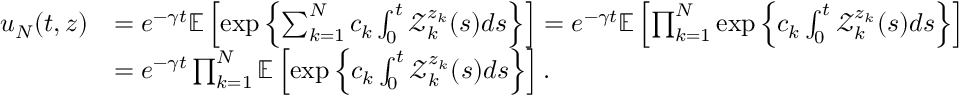
\begin{array} { r l } { u _ { N } ( t , z ) } & { = e ^ { - \gamma t } \mathbb { E } \left[ \exp \left\{ \sum _ { k = 1 } ^ { N } c _ { k } \int _ { 0 } ^ { t } \mathcal { Z } _ { k } ^ { z _ { k } } ( s ) d s \right\} \right] = e ^ { - \gamma t } \mathbb { E } \left[ \prod _ { k = 1 } ^ { N } \exp \left\{ c _ { k } \int _ { 0 } ^ { t } \mathcal { Z } _ { k } ^ { z _ { k } } ( s ) d s \right\} \right] } \\ & { = e ^ { - \gamma t } \prod _ { k = 1 } ^ { N } \mathbb { E } \left[ \exp \left\{ c _ { k } \int _ { 0 } ^ { t } \mathcal { Z } _ { k } ^ { z _ { k } } ( s ) d s \right\} \right] . } \end{array}